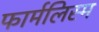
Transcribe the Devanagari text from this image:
फार्मलिस्म